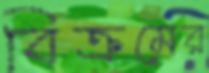
বিক্রমের